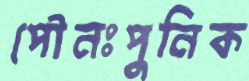
পৌনঃপুনিক